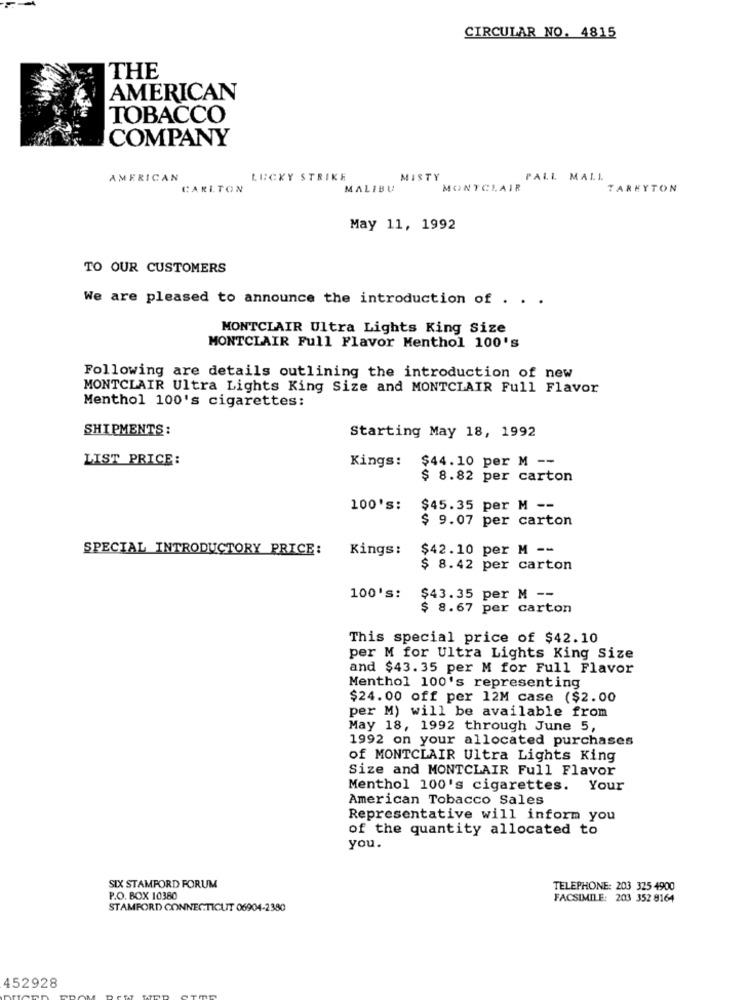
CIRCULAR NO. 4815
THE
AMERICAN
TOBACCO
COMPANY
AMERICAN
LUCKY STRIKE
MISTY
PALL MALL
CARLTON
MALIBU
MONTCLAIR
TARKYTON
May 11, 1992
TO OUR CUSTOMERS
We are pleased to announce the introduction of . . .
MONTCLAIR Ultra Lights King Size
MONTCLAIR Full Flavor Menthol 100's
Following are details outlining the introduction of new
MONTCLAIR Ultra Lights King Size and MONTCLAIR Full Flavor
Menthol 100's cigarettes:
SHIPMENTS:
Starting May 18, 1992
LIST PRICE:
Kings: $44.10 per M --
$ 8.82 per carton
100's:
$45.35 per M --
$ 9.07 per carton
SPECIAL INTRODUCTORY PRICE:
Kings:
$42.10 per M --
$ 8.42 per carton
100's:
$43.35 per M --
$ 8.67 per carton
This special price of $42.10
per M for Ultra Lights King Size
and $43.35 per M for Full Flavor
Menthol 100's representing
$24.00 off per 12M case ($2.00
per M) will be available from
May 18, 1992 through June 5,
1992 on your allocated purchases
of MONTCLAIR Ultra Lights King
Size and MONTCLAIR Full Flavor
Menthol 100's cigarettes. Your
American Tobacco Sales
Representative will inform you
of the quantity allocated to
you.
SIX STAMFORD FORUM
TELEPHONE: 203 325 4900
P.O. BOX 10380
FACSIMILE: 203 352 8164
STAMFORD CONNECTICUT 06904-2380
452928